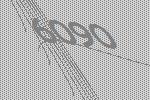
6090